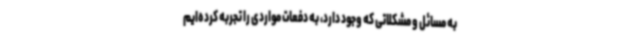
به مسائل و مشکلاتی که وجود دارد، به دفعات مواردی را تجربه کرده‌ایم